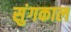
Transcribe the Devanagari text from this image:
सुंगकाल